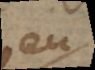
eu